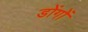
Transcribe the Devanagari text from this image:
डोंगों